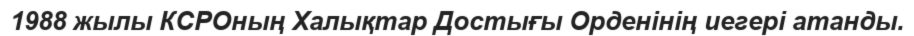
1988 жылы КСРОның Халықтар Достығы Орденінің иегері атанды.